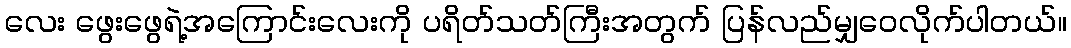
လေး ဖွေးဖွေရဲ့အကြောင်းလေးကို ပရိတ်သတ်ကြီးအတွက် ပြန်လည်မျှဝေလိုက်ပါတယ်။